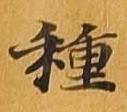
種